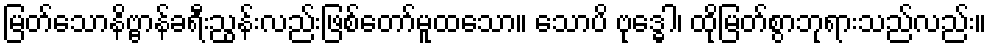
မြတ်သောနိဗ္ဗာန်ခရီးညွန်းလည်းဖြစ်တော်မူထသော။ သောပိ ဗုဒ္ဓေါ၊ ထိုမြတ်စွာဘုရားသည်လည်း။